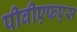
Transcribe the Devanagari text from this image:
पीवीएफएस